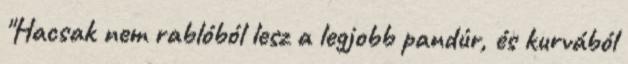
"Hacsak nem rablóból lesz a legjobb pandúr, és kurvából